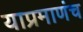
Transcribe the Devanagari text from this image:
याप्रमाणंच